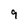
Character: 9